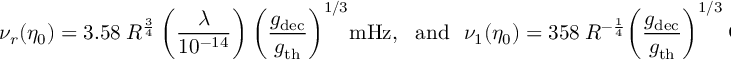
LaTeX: \nu _ { r } ( \eta _ { 0 } ) = 3 . 5 8 ~ R ^ { \frac { 3 } { 4 } } ~ \biggl ( \frac { \lambda } { 1 0 ^ { - 1 4 } } \biggr ) ~ \biggl ( \frac { g _ { \mathrm { d e c } } } { g _ { \mathrm { t h } } } \biggr ) ^ { 1 / 3 } \mathrm { m H z } , ~ ~ ~ \mathrm { a n d } ~ ~ ~ \nu _ { 1 } ( \eta _ { 0 } ) = 3 5 8 ~ R ^ { - \frac { 1 } { 4 } } \biggl ( \frac { g _ { \mathrm { d e c } } } { g _ { \mathrm { t h } } } \biggr ) ^ { 1 / 3 } ~ \mathrm { G H z } ,